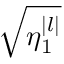
\sqrt { \eta _ { 1 } ^ { | l | } }